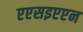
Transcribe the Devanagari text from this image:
एएसइएएन